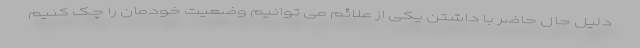
دلیل حال حاضر با داشتن یکی از علائم می توانیم وضعیت خودمان را چک کنیم